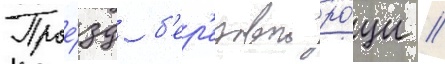
Прое́зд б'ер'езовои ро́щи //